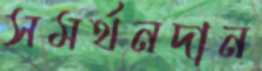
সমর্থনদান